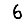
Digit: 6